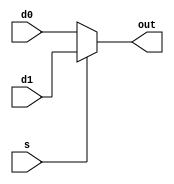
module Mux2(s, d0, d1, out);
	parameter BIT_WIDTH = 32;
	input s;
	input [BIT_WIDTH - 1 : 0] d0, d1;
	output [BIT_WIDTH - 1 : 0] out;
	assign out = (s == 0) ? d0 : d1;
endmodule